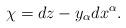
LaTeX: \begin{align*} \chi= dz-y_\alpha dx^\alpha. \end{align*}